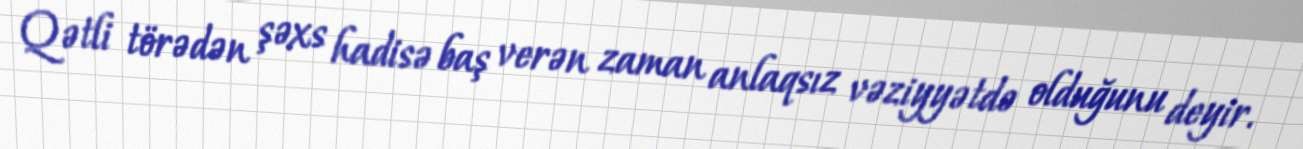
Qətli törədən şəxs hadisə baş verən zaman anlaqsız vəziyyətdə olduğunu deyir.